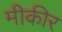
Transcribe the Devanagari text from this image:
मीकीर